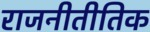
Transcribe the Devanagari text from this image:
राजनीतीतिक